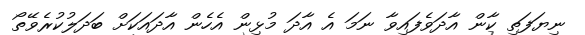
ނިޔަފަތި ކާން އާދަވެފައިވާ ނަމަ އެ އާދަ މުޅިން އެހެން އާދައަކަށް ބަދަލުކުރެވޭތޯ